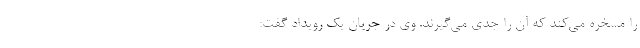
را مسخره می‌کند که آن را جدی می‌گیرند. وی در جریان یک رویداد گفت: